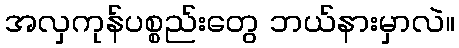
အလှကုန်ပစ္စည်းတွေ ဘယ်နားမှာလဲ။